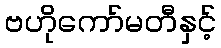
ဗဟိုကော်မတီနှင့်